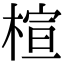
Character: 楦